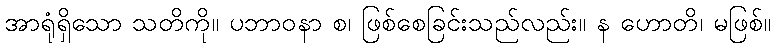
အာရုံရှိသော သတိကို။ ပဘာဝနာ စ၊ ဖြစ်စေခြင်းသည်လည်း။ န ဟောတိ၊ မဖြစ်။